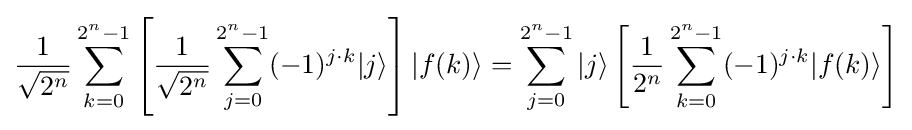
{\frac {1}{\sqrt {2^{n}}}}\sum _{k=0}^{2^{n}-1}\left[{\frac {1}{\sqrt {2^{n}}}}\sum _{j=0}^{2^{n}-1}(-1)^{j\cdot k}|j\rangle \right]|f(k)\rangle =\sum _{j=0}^{2^{n}-1}|j\rangle \left[{\frac {1}{2^{n}}}\sum _{k=0}^{2^{n}-1}(-1)^{j\cdot k}|f(k)\rangle \right]